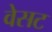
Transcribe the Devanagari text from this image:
वेसट